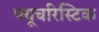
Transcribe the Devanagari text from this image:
फ्यूचरिस्टिक